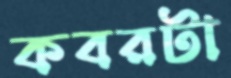
কবরটা